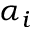
\alpha _ { i }